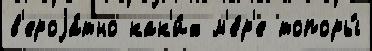
в'ероjа́тно как'и́х м'е́р'е топоры́